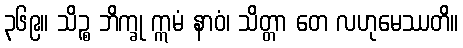
၃၆၉။ သိဉ္စ ဘိက္ခု ဣမံ နာဝံ၊ သိတ္တာ တေ လဟုမေဿတိ။